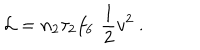
{ \cal L } = n _ { 2 } \tau _ { 2 } f _ { 6 } \, \, \frac { 1 } { 2 } v ^ { 2 } \ .